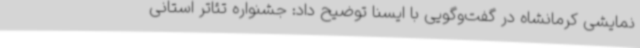
نمایشی کرمانشاه در گفت‌وگویی با ایسنا توضیح داد: جشنواره تئاتر استانی